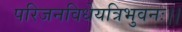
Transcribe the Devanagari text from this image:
परिजनविधेयत्रिभुवनः।।